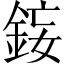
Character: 𨦩